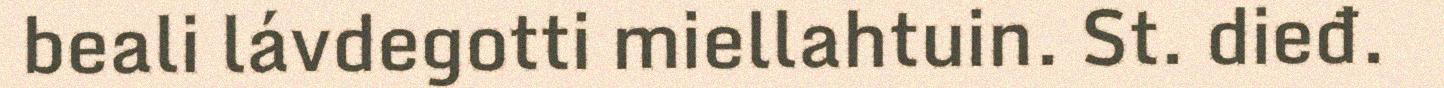
beali lávdegotti miellahtuin. St. dieđ.